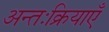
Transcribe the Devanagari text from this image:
अन्तःक्रियाएँ